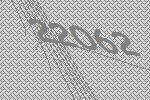
22062